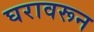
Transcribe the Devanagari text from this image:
घरावरून